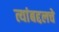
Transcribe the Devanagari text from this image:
त्यांबद्दलचे